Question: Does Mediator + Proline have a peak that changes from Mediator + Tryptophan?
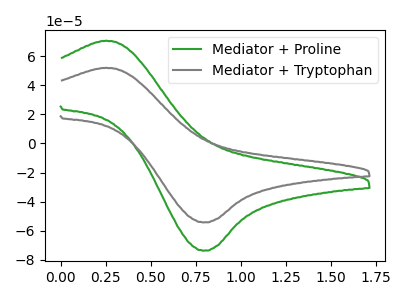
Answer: <think>The green curve "Mediator + Proline" has an anodic peak at (0.25V, 70.75uA) and a cathodic peak at (0.80V, -73.80uA). The gray curve "Mediator + Tryptophan" has an anodic peak at (0.25V, 52.10uA) and a cathodic peak at (0.80V, -54.35uA).
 All the peaks in "Mediator + Proline" have a peak in "Mediator + Tryptophan" at the same potential. Every peak in "Mediator + Proline" is higher than every peak in "Mediator + Tryptophan".</think>
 <answer>No, "Mediator + Proline" and "Mediator + Tryptophan" don't appear to be significantly different in shape</answer>
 <eval>no_change</eval>